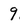
Character: 9